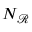
N _ { \mathcal { R } }